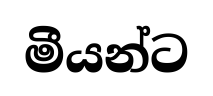
මීයන්ට